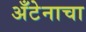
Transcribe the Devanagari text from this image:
अँटेनाचा